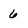
Character: 6